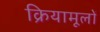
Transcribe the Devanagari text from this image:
क्रियामूलों